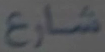
شارع